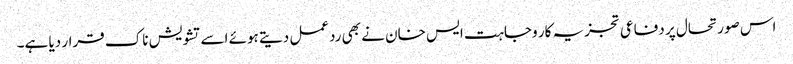
اس صورتحال پر دفاعی تجزیہ کار وجاہت ایس خان نے بھی ردعمل دیتے ہوئے اسے تشویش ناک قرار دیا ہے۔